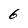
Character: 6